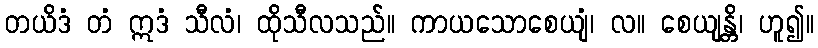
တယိဒံ တံ ဣဒံ သီလံ၊ ထိုသီလသည်။ ကာယသောစေယျံ၊ လ။ စေယျန္တိ၊ ဟူ၍။